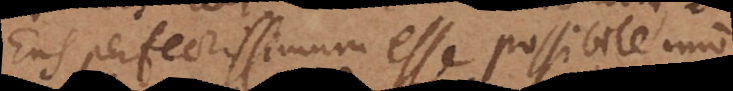
Ens perfectissimum esse possibile, imo